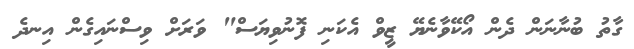
ގާތު ބުނާނަން ދެން އޯކޭވާނެޔޭ ޒީވް އެކަނި ފޮނުވިޔަސް" ވަރަށް ވިސްނައިގެން އިނދެ